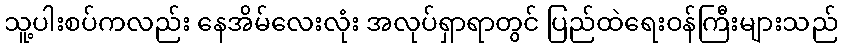
သူ့ပါးစပ်ကလည်း နေအိမ်လေးလုံး အလုပ်ရှာရာတွင် ပြည်ထဲရေးဝန်ကြီးများသည်